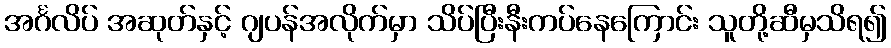
အင်္ဂလိပ် အဆုတ်နှင့် ဂျပန်အလိုက်မှာ သိပ်ပြီးနီးကပ်နေကြောင်း သူတို့ဆီမှသိရ၍